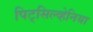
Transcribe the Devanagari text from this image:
पिट्‌सिल्व्हेनिया